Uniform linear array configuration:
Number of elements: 16
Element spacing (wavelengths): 0.75
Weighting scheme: uniform
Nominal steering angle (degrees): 0
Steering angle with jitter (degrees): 0.4631
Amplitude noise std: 0.05
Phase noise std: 0.05

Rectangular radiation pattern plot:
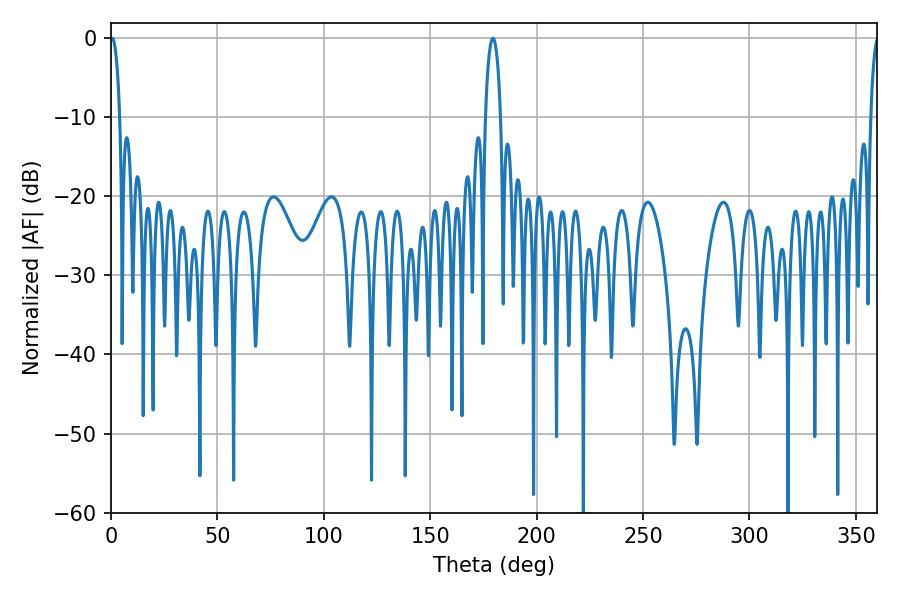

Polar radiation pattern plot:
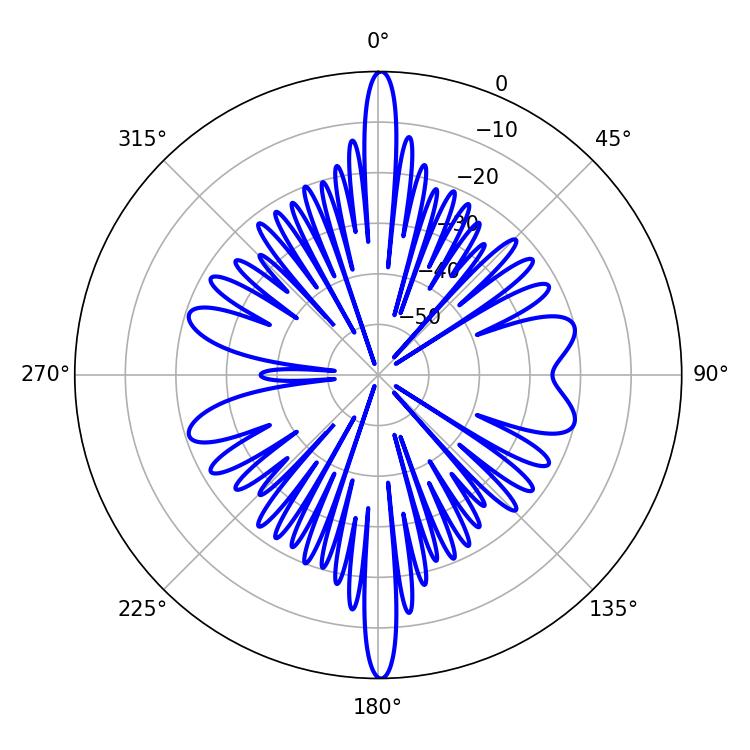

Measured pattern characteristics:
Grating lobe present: TRUE
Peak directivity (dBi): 27.355
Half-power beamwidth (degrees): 2.52
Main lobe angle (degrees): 0.54